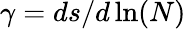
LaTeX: \gamma=ds/d\ln(N)